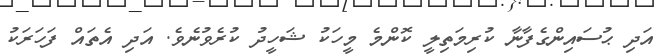
އަދި ޙުސައިންގެފާނާ ކުރިމަތިލީ ކޮންމެ މީހަކު ޝަހީދު ކުރެވުނެވެ. އަދި އެތައް ފަހަރަކު